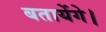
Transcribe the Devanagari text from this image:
बतायेंगे।